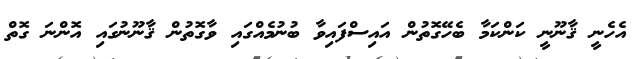
އެހެނީ ޤާނޫނީ ކަންކަމާ ބެހޭގޮތުން އައިސްފައިވާ ބުނުމެއްގައި ވާގޮތުން ޤާނޫނުގައި އޮންނަ ގޮތް